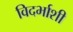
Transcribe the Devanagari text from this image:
विदर्भाशी